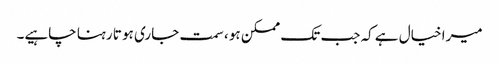
میرا خیال ہے کہ جب تک ممکن ہو ، سمت جاری ہو تا رہنا چاہیے۔